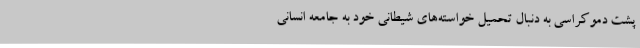
پشت دموکراسی به دنبال تحمیل خواسته‌های شیطانی خود به جامعه انسانی